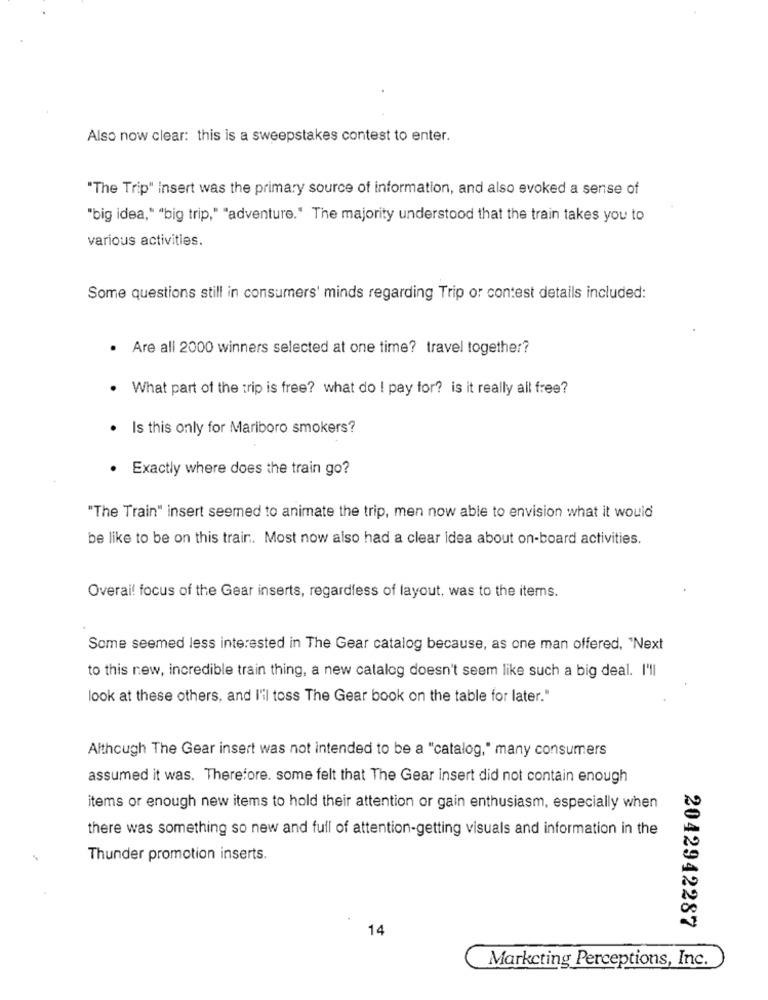
Also now clear: this is a sweepstakes contest to enter.
"The Trip" insert was the primary source of information, and also evoked a sense of
"big idea," "big trip," "adventure." The majority understood that the train takes you to
various activities.
Some questions still in consumers' minds regarding Trip or contest details included:
.
Are all 2000 winners selected at one time? travel together?
What part of the trip is free? what do ! pay for? is it really all free?
Is this only for Mariboro smokers?
. Exactly where does the train go?
"The Train" insert seemed to animate the trip, men now able to envision what it would
be like to be on this train. Most now also had a clear idea about on-board activities.
Overai! focus of the Gear inserts, regardless of layout, was to the items.
Some seemed less interested in The Gear catalog because, as one man offered, "Next
to this new, incredible train thing, a new catalog doesn't seem like such a big deal. I'll
look at these others, and I'll toss The Gear book on the table for later."
Although The Gear insert was not intended to be a "catalog," many consumers
assumed it was. Therefore. some felt that The Gear insert did not contain enough
items or enough new items to hold their attention or gain enthusiasm, especially when
there was something so new and full of attention-getting visuals and information in the
Thunder promotion inserts.
2042942287
14
Marketing Perceptions, Inc.